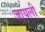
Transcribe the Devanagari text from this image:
जायली